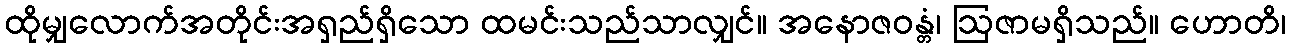
ထိုမျှလောက်အတိုင်းအရှည်ရှိသော ထမင်းသည်သာလျှင်။ အနောဇဝန္တံ၊ ဩဇာမရှိသည်။ ဟောတိ၊